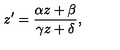
z ^ { \prime } = \frac { \alpha z + \beta } { \gamma z + \delta } ,